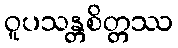
ဝူပသန္တစိတ္တဿ